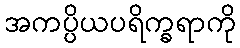
အကပ္ပိယပရိက္ခရာကို